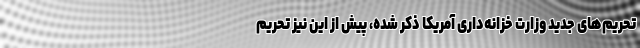
تحریم‌های جدید وزارت خزانه‌داری آمریکا ذکر شده، پیش از این نیز تحریم